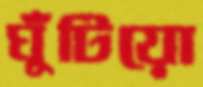
ঘুঁটিয়ো